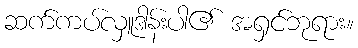
ဆက်ကပ်လှူဒါန်းပါ၏ အရှင်ဘုရား။